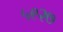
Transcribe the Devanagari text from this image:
५९२७